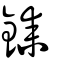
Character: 銇